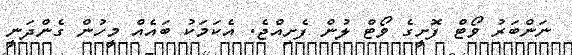
ނަންބަރު ވޯޓް ފޮށީގެ ވޯޓް ލުން ފެށިއްޖެ. އެކަމަކު ބައެއް މީހުން ގެންދަނީ